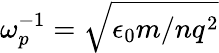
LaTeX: \omega_{p}^{-1}=\sqrt{\epsilon_{0}m/nq^{2}}